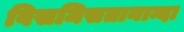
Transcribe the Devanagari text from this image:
विसमिसतानान्दा